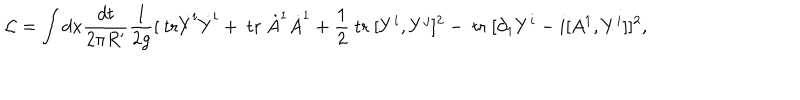
LaTeX: { \cal L } = \int d x \frac { d t } { 2 \pi R ^ { \prime } } \frac { 1 } { 2 g } [ \mathrm { ~ t r } \dot { Y } ^ { i } \dot { Y } ^ { i } + \mathrm { ~ t r ~ } \dot { A } ^ { 1 } \dot { A } ^ { 1 } + \frac { 1 } { 2 } \mathrm { ~ t r ~ } [ Y ^ { i } , Y ^ { j } ] ^ { 2 } - \mathrm { ~ t r ~ } [ \partial _ { 1 } Y ^ { i } - i [ A ^ { 1 } , Y ^ { i } ] ] ^ { 2 } ,